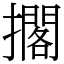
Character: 擱